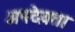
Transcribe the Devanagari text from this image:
अपदेवता